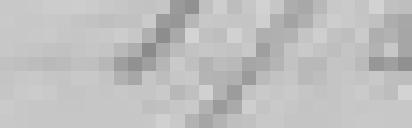
175